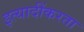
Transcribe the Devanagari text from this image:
इत्यादींकरता